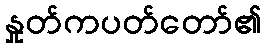
နှုတ်ကပတ်တော်၏